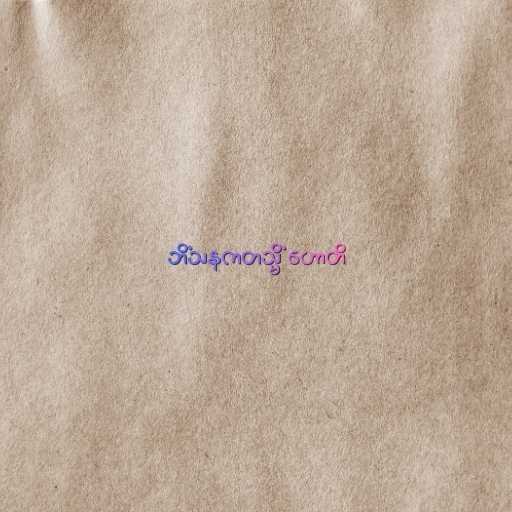
ဘိံသနကတသ္မိံ ဟောတိ